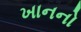
ખાનનો